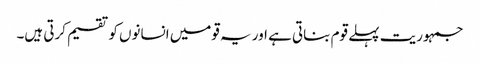
جمہوریت پہلے قوم بناتی ہے اور یہ قومیں انسانوں کو تقسیم کرتی ہیں۔